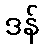
ဒန်